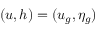
( u , h ) = ( u _ { g } , \eta _ { g } )